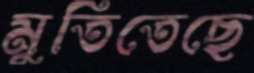
মুতিতেছে